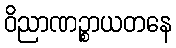
ဝိညာဏဉ္စာယတနေ